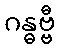
ဂန္ဓဗ္ဗီ